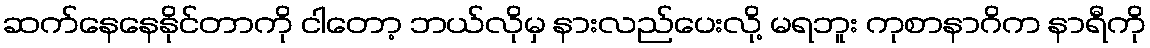
ဆက်နေနေနိုင်တာကို ငါတော့ ဘယ်လိုမှ နားလည်ပေးလို့ မရဘူး ကုစာနာဂိက နာရီကို